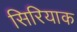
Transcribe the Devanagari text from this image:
सिरियाक